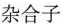
杂合子